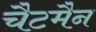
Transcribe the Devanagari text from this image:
चैटमैन